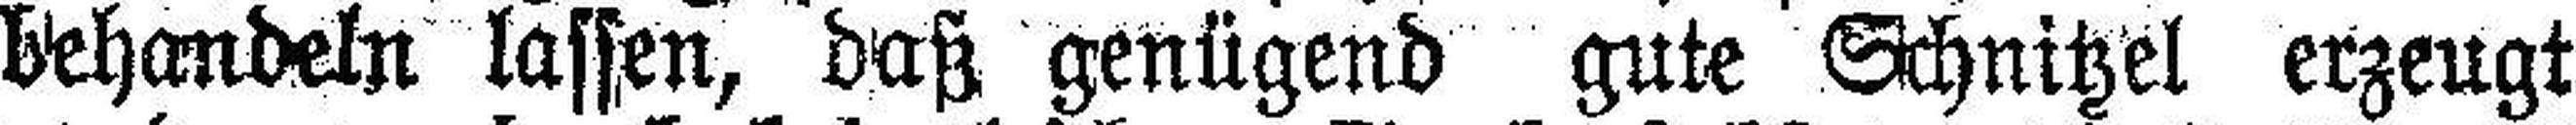
behandeln lassen, daß genügend gute Schnitzel erzeugt